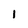
Character: 1